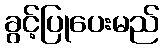
ခွင့်ပြုပေးမည်